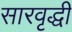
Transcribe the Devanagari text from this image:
सारवृद्धी